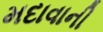
મદાવાની